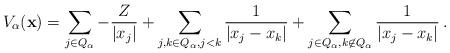
LaTeX: \begin{align*} V_{\alpha}({\bf x})=\sum_{j\in Q_{\alpha}}-\frac{Z}{|x_j|} +\sum_{j,k\in Q_{\alpha}, j<k}\frac{1}{|x_j-x_k|} +\sum_{j\in Q_{\alpha}, k\not\in Q_{\alpha}}\frac{1}{|x_j-x_k|}\,.\end{align*}